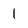
Character: 1